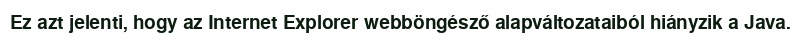
Ez azt jelenti, hogy az Internet Explorer webböngésző alapváltozataiból hiányzik a Java.